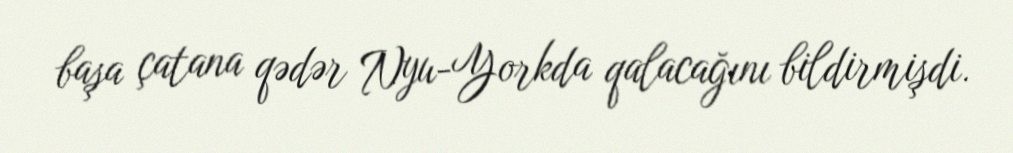
başa çatana qədər Nyu-Yorkda qalacağını bildirmişdi.